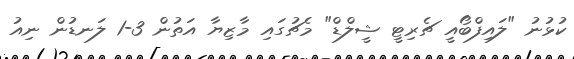
ކުޅުނު "ލައިފްބޯއީ ޗެރިޓީ ޝީލްޑް" މެޗުގައި މާޒިޔާ އަތުން 3-1 ލަނޑުން ނިއު